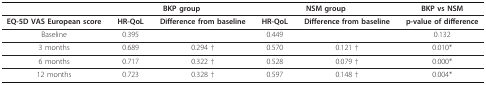
|  | <COLSPAN=2> BKP group | <COLSPAN=2> NSM group | BKP vs NSM |
 | --- | --- | --- | --- | --- | --- |
 | EQ-5D VAS European score | HR-QoL | Difference from baseline | HR-QoL | Difference from baseline | p-value of difference |
 | Baseline | 0.395 |  | 0.449 |  | 0.132 |
 | 3 months | 0.689 | 0.294 † | 0.570 | 0.121 † | 0.010* |
 | 6 months | 0.717 | 0.322 † | 0.528 | 0.079 † | 0.000* |
 | 12 months | 0.723 | 0.328 † | 0.597 | 0.148 † | 0.004* |